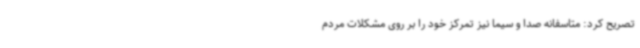
تصریح کرد: متاسفانه صدا و سیما نیز تمرکز خود را بر روی مشکلات مردم